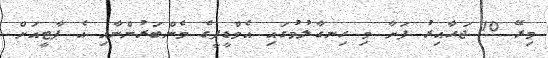
މިރޭ 10 ޖަހާއިރު ފަށާ މި ހިނގާލުމުގައި އެމްޑީޕީގެ މެންބަރުންނާއި އެ ޕާޓީއަށް